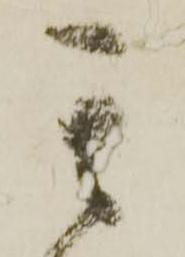
其